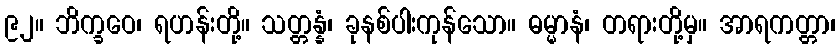
၉၂။ ဘိက္ခဝေ၊ ရဟန်းတို့။ သတ္တန္နံ၊ ခုနစ်ပါးကုန်သော။ ဓမ္မာနံ၊ တရားတို့မှ။ အာရကတ္တာ၊